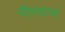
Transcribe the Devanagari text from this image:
नीरदाभं